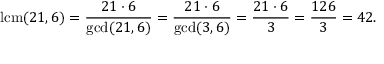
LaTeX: \operatorname { l c m } ( 2 1 , 6 ) = { \frac { 2 1 \cdot 6 } { \operatorname* { g c d } ( 2 1 , 6 ) } } = { \frac { 2 1 \cdot 6 } { \operatorname* { g c d } ( 3 , 6 ) } } = { \frac { 2 1 \cdot 6 } { 3 } } = { \frac { 1 2 6 } { 3 } } = 4 2 .